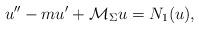
LaTeX: \begin{align*} u''-mu'+\mathcal{M}_\Sigma u=N_1(u),\end{align*}